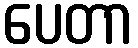
ပေတာ